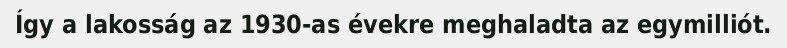
Így a lakosság az 1930-as évekre meghaladta az egymilliót.